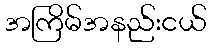
အကြိမ်အနည်းငယ်